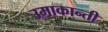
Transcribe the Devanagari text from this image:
उमाकान्‍ती